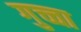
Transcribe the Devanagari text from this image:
गुच्चा